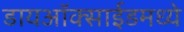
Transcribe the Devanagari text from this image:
डायऑक्साईडमध्ये